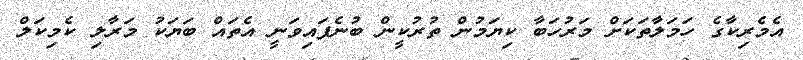
އެމެރިކާގެ ހަމަލާތަކަށް މަރުހަބާ ކިޔަމުން ތުރުކީން ބުނެފައިވަނީ އެތައް ބަޔަކު މަރާލި ކެމިކަލް